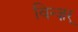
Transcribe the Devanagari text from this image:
विन्ज़र्